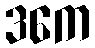
ဒကေ